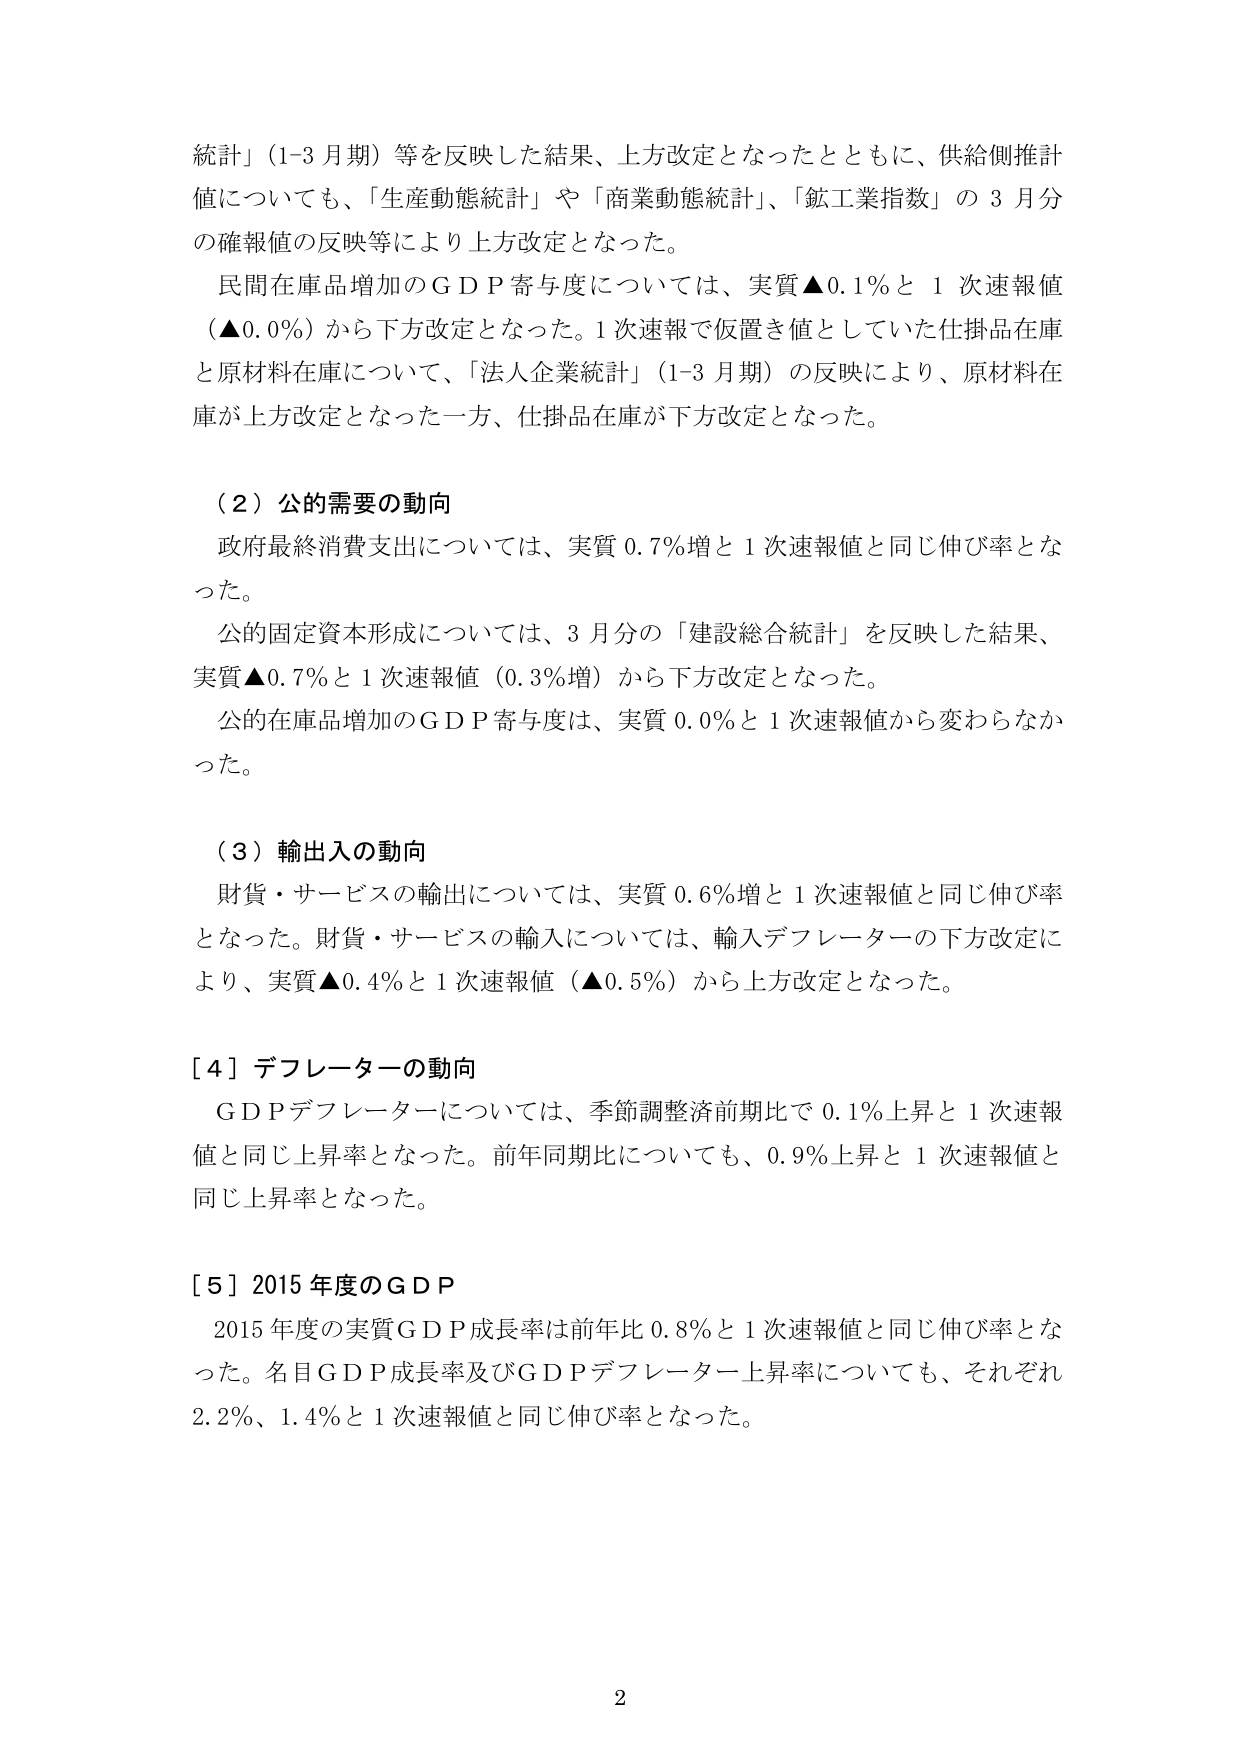
統計」（1-3月期）等を反映した結果、上方改定となったとともに、供給側推計値についても、「生産動態統計」や「商業動態統計」、「鉱工業指数」の3月分の確報値の反映等により上方改定となった。

民間在庫品増加のGDP寄与度については、実質▲0.1％と1次速報値（▲0.0％）から下方改定となった。1次速報で仮置き値としていた仕掛品在庫と原材料在庫について、「法人企業統計」（1-3月期）の反映により、原材料在庫が上方改定となった一方、仕掛品在庫が下方改定となった。

（2）公的需要の動向

政府最終消費支出については、実質0.7％増と1次速報値と同じ伸び率となった。

公的固定資本形成については、3月分の「建設総合統計」を反映した結果、実質▲0.7％と1次速報値（0.3％増）から下方改定となった。

公的在庫品増加のGDP寄与度は、実質0.0％と1次速報値から変わらなかった。

（3）輸出入の動向

財貨・サービスの輸出については、実質0.6％増と1次速報値と同じ伸び率となった。財貨・サービスの輸入については、輸入デフレーターの下方改定により、実質▲0.4％と1次速報値（▲0.5％）から上方改定となった。

［4］デフレーターの動向

GDPデフレーターについては、季節調整済前期比で0.1％上昇と1次速報値と同じ上昇率となった。前年同期比についても、0.9％上昇と1次速報値と同じ上昇率となった。

［5］2015年度のGDP

2015年度の実質GDP成長率は前年比0.8％と1次速報値と同じ伸び率となった。名目GDP成長率及びGDPデフレーター上昇率についても、それぞれ2.2％、1.4％と1次速報値と同じ伸び率となった。

2